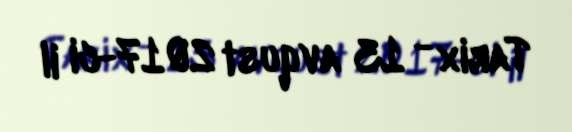
Tarix - 13 avqust 2017-ci il